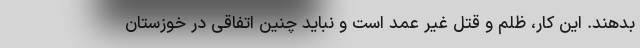
بدهند. این کار، ظلم و قتل غیر عمد است و نباید چنین اتفاقی در خوزستان